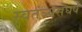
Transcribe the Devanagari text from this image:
स्वतंञ्यसंघर्ष